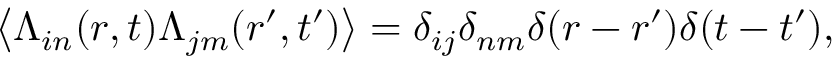
\begin{array} { r } { \big \langle { \boldsymbol { \Lambda } } _ { i n } ( \boldsymbol { r } , t ) { \boldsymbol { \Lambda } } _ { j m } ( \boldsymbol { r } ^ { \prime } , t ^ { \prime } ) \big \rangle = \delta _ { i j } \delta _ { n m } \delta ( \boldsymbol { r } - \boldsymbol { r } ^ { \prime } ) \delta ( t - t ^ { \prime } ) , } \end{array}